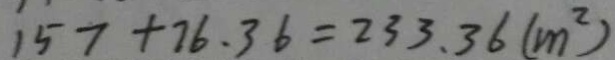
1 5 7 + 7 6 . 3 6 = 2 3 3 . 3 6 ( m ^ { 2 } )